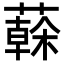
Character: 𦾮